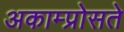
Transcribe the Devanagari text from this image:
अकाम्प्रोसते